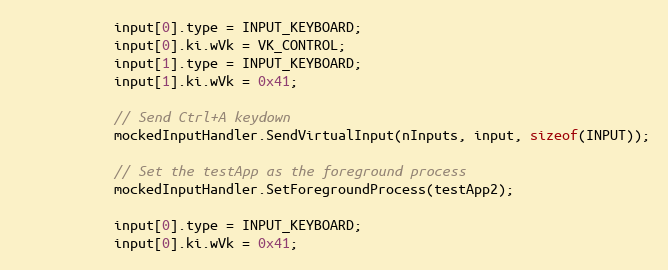
Language: C++
            input[0].type = INPUT_KEYBOARD;
            input[0].ki.wVk = VK_CONTROL;
            input[1].type = INPUT_KEYBOARD;
            input[1].ki.wVk = 0x41;

            // Send Ctrl+A keydown
            mockedInputHandler.SendVirtualInput(nInputs, input, sizeof(INPUT));

            // Set the testApp as the foreground process
            mockedInputHandler.SetForegroundProcess(testApp2);

            input[0].type = INPUT_KEYBOARD;
            input[0].ki.wVk = 0x41;